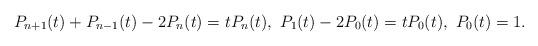
LaTeX: \begin{align*}P_{n+1}(t)+P_{n-1}(t)-2P_n(t)=tP_n(t),\ P_1(t)-2P_0(t)=tP_0(t),\ P_0(t)=1.\end{align*}